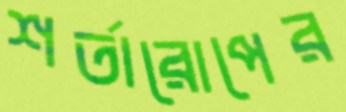
শর্তারোপের